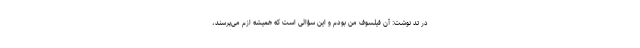
در تد نوشت: آن فیلسوف من بودم و این سؤالی است که همیشه ازم می‌پرسند،